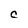
Character: C